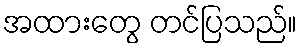
အထားတွေ တင်ပြသည်။